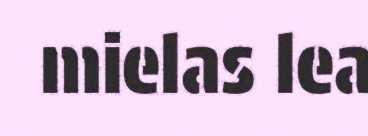
mielas lea